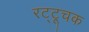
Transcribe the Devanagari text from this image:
रट्टूचक